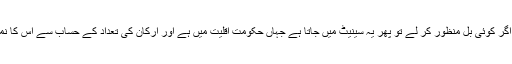
قومی اسمبلی اگر کوئی بل منظور کر لے تو پھر یہ سینیٹ میں جاتا ہے جہاں حکومت اقلیت میں ہے اور ارکان کی تعداد کے حساب سے اس کا نمبر تیسرا ہے۔